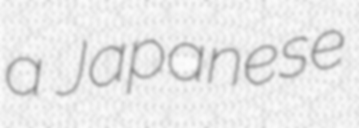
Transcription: a Japanese